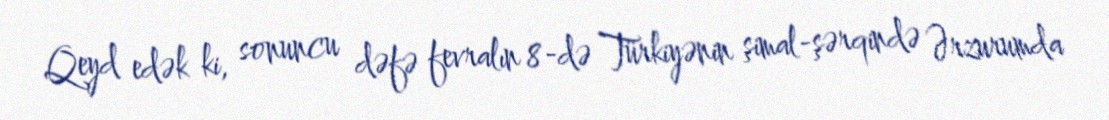
Qeyd edək ki, sonuncu dəfə fevralın 8-də Türkiyənin şimal-şərqində Ərzurumda